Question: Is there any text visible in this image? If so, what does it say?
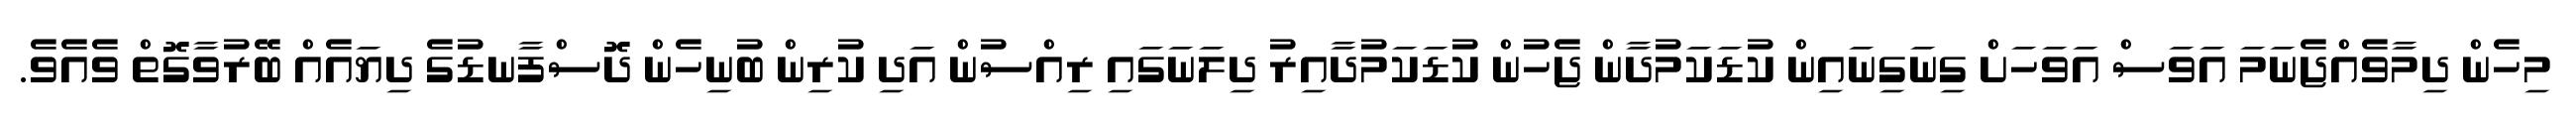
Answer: މިހެން ދިމާވެއްޖެނަމަ އަވަސް އަވަހަށް ގިނަގިނައިން ކުޑަކަމުދާން ޖެހުން ކުޑަކަމުދާއިރު ދިލަނަގައި ރިއްސުން އަދި ކުރިން ބުނިހެން ދޮސްފާނޑުގެ ދިޔައެއް ބޭރުވާގޮތް ވެއެވެ.